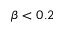
\beta < 0 . 2